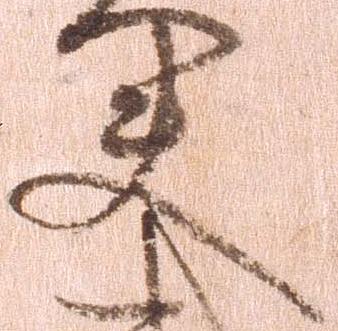
夫